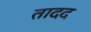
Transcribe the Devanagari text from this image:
तादद